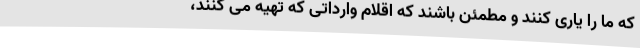
که ما را یاری کنند و مطمئن باشند که اقلام وارداتی که تهیه می ‌کنند،